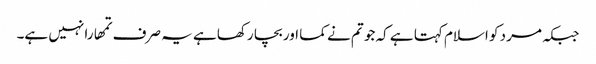
جبکہ مرد کو اسلام کہتا ہے کہ جو تم نے کما اور بچا رکھا ہے یہ صرف تمھارا نہیں ہے۔